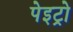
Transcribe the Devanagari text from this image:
पेइट्रो